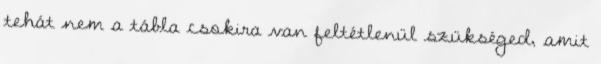
tehát nem a tábla csokira van feltétlenül szükséged, amit